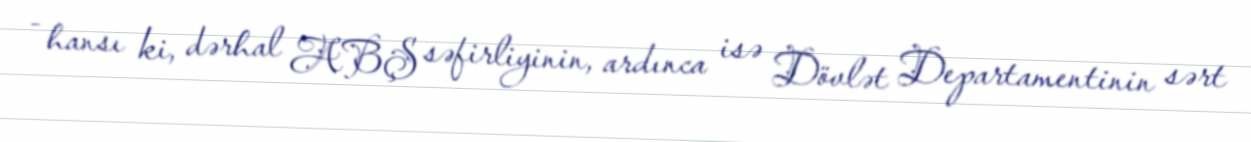
- hansı ki, dərhal ABŞ səfirliyinin, ardınca isə Dövlət Departamentinin sərt